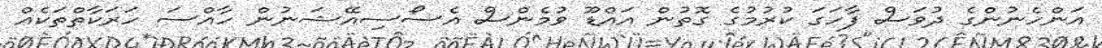
އަންހެނުންގެ ދުވަސް ފާހަގަ ކުރުމުގެ ގޮތުން އައްޑޫ ވުމެންސް އެސޯސިއޭޝަނުން ހާއްސަ ހަރަކާތްތަކެއް